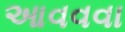
આવવવા